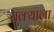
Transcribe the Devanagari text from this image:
चुक्याला